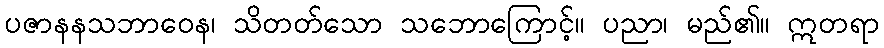
ပဇာနနသဘာဝေန၊ သိတတ်သော သဘောကြောင့်။ ပညာ၊ မည်၏။ ဣတရာ